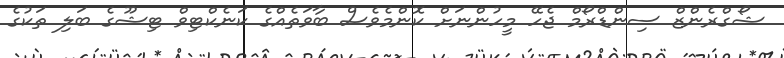
ޝޯގްރެންޒް ސިންޑްރޯމް ޖެހޭ މީހުންނަށް ކޮންމެވެސް ބާވަތެއްގެ ކަނެކްޓިވް ޓިޝޫގެ ބަލި ތަކުގެ